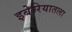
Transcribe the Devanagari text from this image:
इबेरियातला